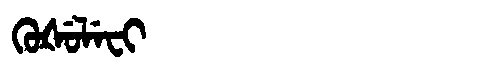
Manchu: ᡴᡠᡧᡠᠯᡝᠸᡳ
Romanization: KUŠULEFI